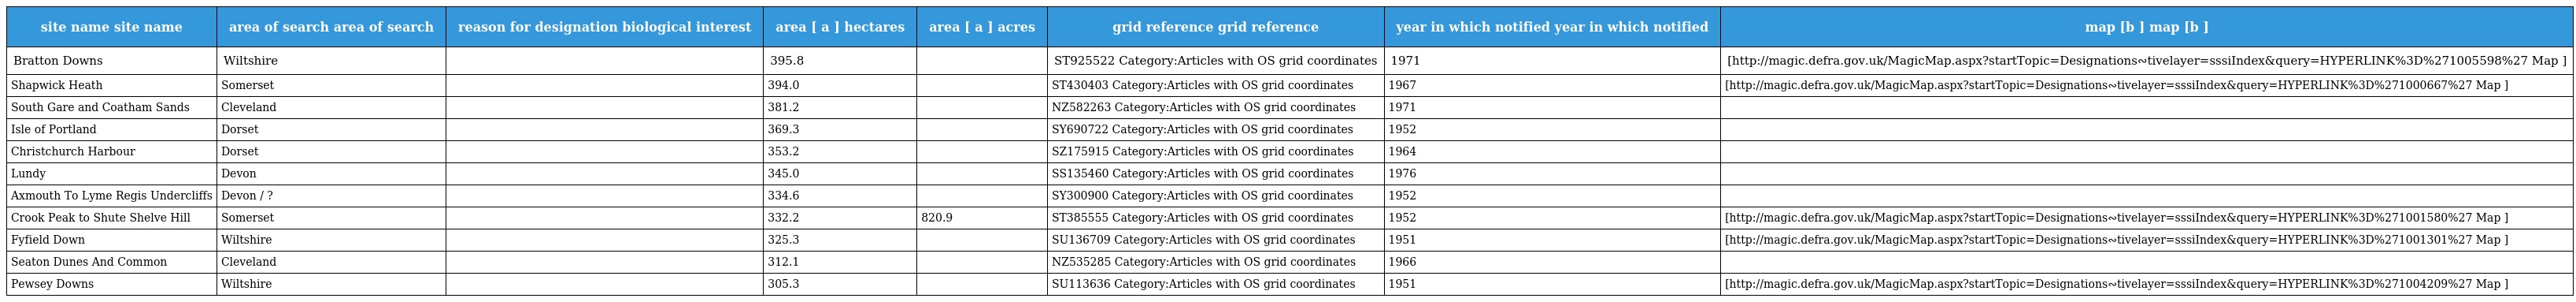
| site name site name | area of search area of search | reason for designation biological interest | area [ a ] hectares | area [ a ] acres | grid reference grid reference | year in which notified year in which notified | map [b ] map [b ] |
 | --- | --- | --- | --- | --- | --- | --- | --- |
 | Bratton Downs | Wiltshire |  | 395.8 |  | ST925522 Category:Articles with OS grid coordinates | 1971 | [http://magic.defra.gov.uk/MagicMap.aspx?startTopic=Designations∾tivelayer=sssiIndex&query=HYPERLINK%3D%271005598%27 Map ] |
 | Shapwick Heath | Somerset |  | 394.0 |  | ST430403 Category:Articles with OS grid coordinates | 1967 | [http://magic.defra.gov.uk/MagicMap.aspx?startTopic=Designations∾tivelayer=sssiIndex&query=HYPERLINK%3D%271000667%27 Map ] |
 | South Gare and Coatham Sands | Cleveland |  | 381.2 |  | NZ582263 Category:Articles with OS grid coordinates | 1971 |  |
 | Isle of Portland | Dorset |  | 369.3 |  | SY690722 Category:Articles with OS grid coordinates | 1952 |  |
 | Christchurch Harbour | Dorset |  | 353.2 |  | SZ175915 Category:Articles with OS grid coordinates | 1964 |  |
 | Lundy | Devon |  | 345.0 |  | SS135460 Category:Articles with OS grid coordinates | 1976 |  |
 | Axmouth To Lyme Regis Undercliffs | Devon / ? |  | 334.6 |  | SY300900 Category:Articles with OS grid coordinates | 1952 |  |
 | Crook Peak to Shute Shelve Hill | Somerset |  | 332.2 | 820.9 | ST385555 Category:Articles with OS grid coordinates | 1952 | [http://magic.defra.gov.uk/MagicMap.aspx?startTopic=Designations∾tivelayer=sssiIndex&query=HYPERLINK%3D%271001580%27 Map ] |
 | Fyfield Down | Wiltshire |  | 325.3 |  | SU136709 Category:Articles with OS grid coordinates | 1951 | [http://magic.defra.gov.uk/MagicMap.aspx?startTopic=Designations∾tivelayer=sssiIndex&query=HYPERLINK%3D%271001301%27 Map ] |
 | Seaton Dunes And Common | Cleveland |  | 312.1 |  | NZ535285 Category:Articles with OS grid coordinates | 1966 |  |
 | Pewsey Downs | Wiltshire |  | 305.3 |  | SU113636 Category:Articles with OS grid coordinates | 1951 | [http://magic.defra.gov.uk/MagicMap.aspx?startTopic=Designations∾tivelayer=sssiIndex&query=HYPERLINK%3D%271004209%27 Map ] |